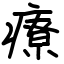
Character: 療